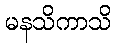
မနသိကာသိ